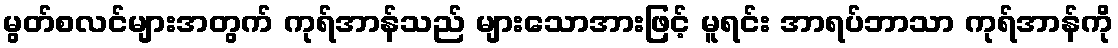
မွတ်စလင်များအတွက် ကုရ်အာန်သည် များသောအားဖြင့် မူရင်း အာရပ်ဘာသာ ကုရ်အာန်ကို